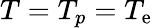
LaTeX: T=T_{p}=T_{\mathrm{e}}